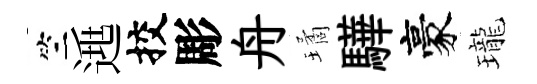
竺𨓱挍彫舟璚驊豪瓏